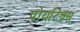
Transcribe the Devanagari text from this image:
पोयटिक्स